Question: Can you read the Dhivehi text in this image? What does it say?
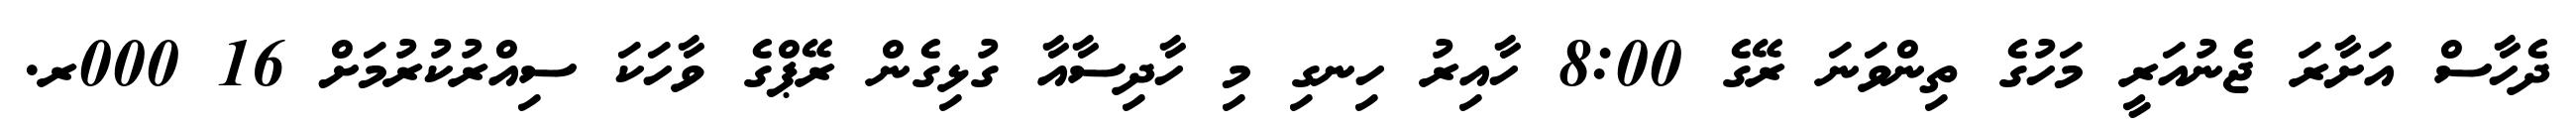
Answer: ދެހާސް އަށާރަ ޖެނުއަރީ މަހުގެ ތިންވަނަ ރޭގެ 8:00 ހާއިރު ހިނގި މި ހާދިސާއާ ގުޅިގެން ރޭޕްގެ ވާހަކަ ސިއްރުކުރުމަށް 16 000ރ.